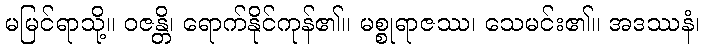
မမြင်ရာသို့။ ဝဇန္တိ၊ ရောက်နိုင်ကုန်၏။ မစ္စုရာဇဿ၊ သေမင်း၏။ အဒဿနံ၊